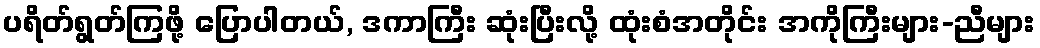
ပရိတ်ရွတ်ကြဖို့ ပြောပါတယ်, ဒကာကြီး ဆုံးပြီးလို့ ထုံးစံအတိုင်း အကိုကြီးများ-ညီများ